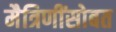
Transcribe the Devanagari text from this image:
मैत्रिणींसोबत